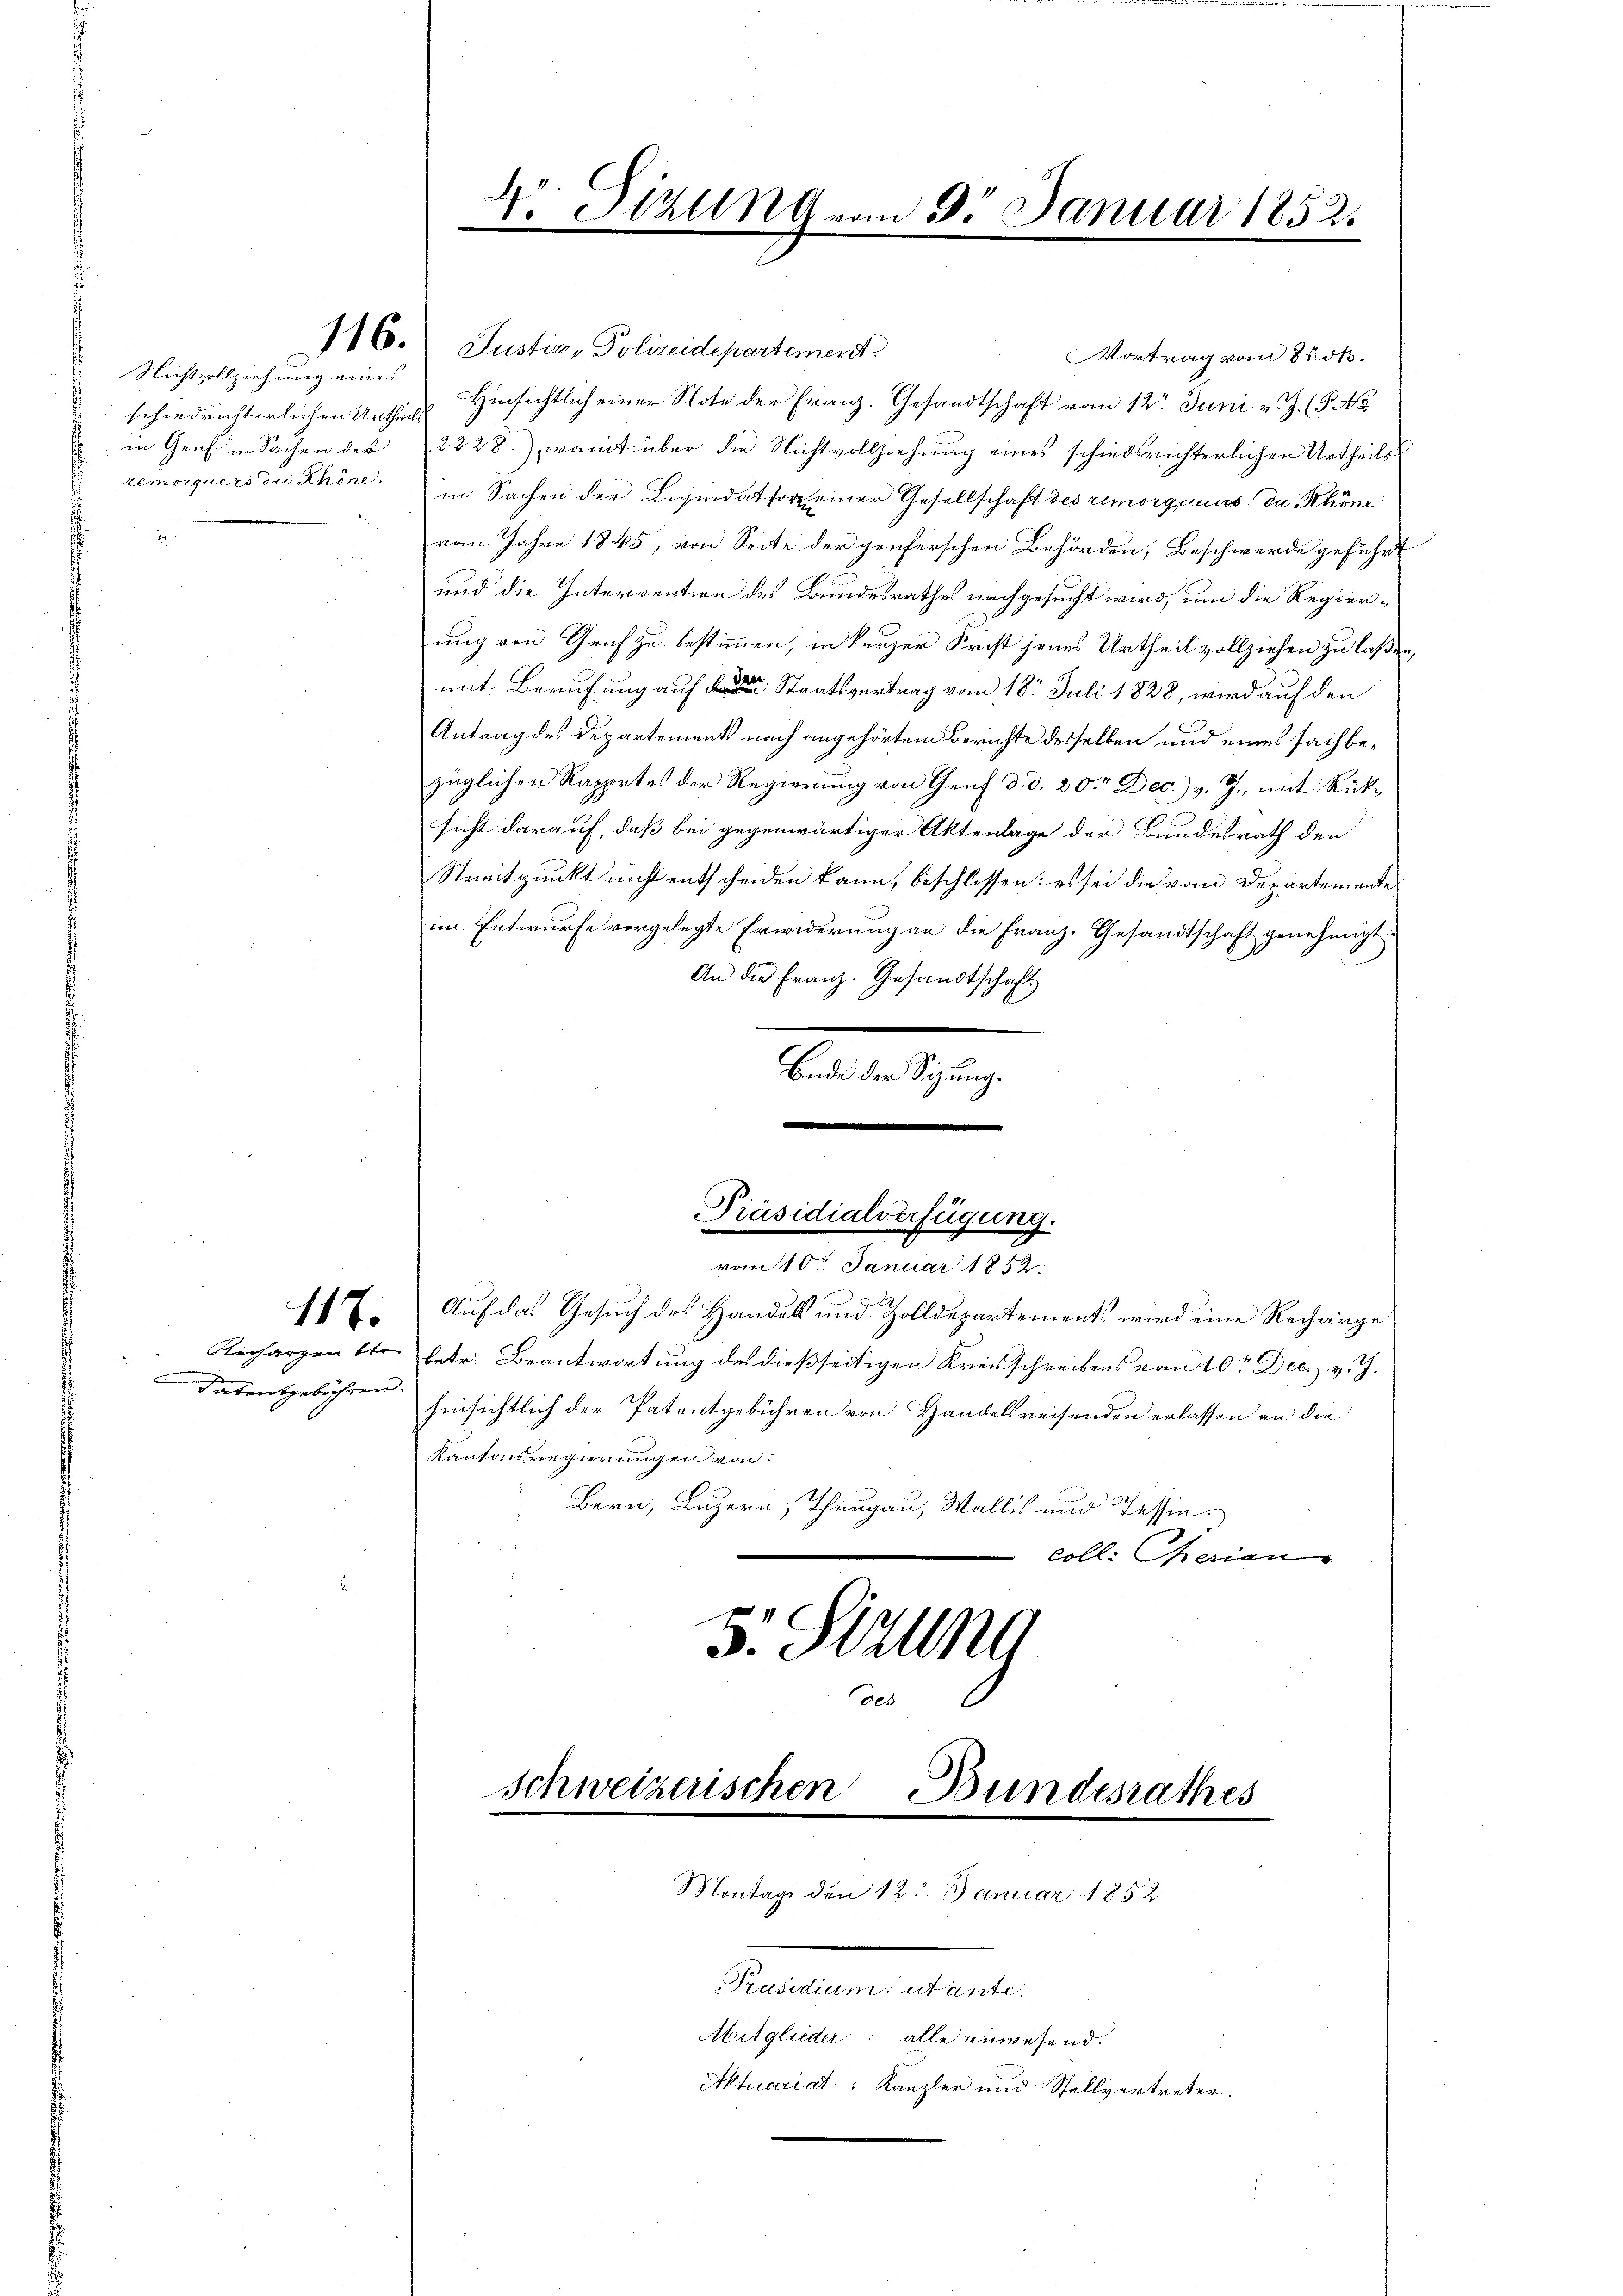
Nichtvollziehung eines

116. Justiz- Polizeidepartement.
Vortrag vom Stoß.
schiedrichterlichen Unter Hinsichtlich einer Note der Franz. Gesandtschaft vom 12. Juni v. J. (T. No
in Genf in Sachen des 2228), womit über die Nichtvollziehung eines schiedsrichterlichen Urtheils
remorquers die Rhöne in Sachen der Liquidator einer Gesellschaft des remorgicurs du Khöne
vom Jahre 1845, von Seite der genferschen Behörden, Beschwerde geführt
und die Interrention des Bundesrathes nachgesucht wird, um die Regierung von Geich zu bestimmen, in kurzer Frist jenes Urtheil vollziehen zu laßen,
mit Berufung auf die Staatsvertrag vom 18. Juli 1828, wird auf den
Antrag des Departements nach angehörtem Berichte desselben und eines sachbezüglichen Rappetes der Regierung von Genf d. d. 20. Dec. v. J., mit Rücksicht darauf, daß bei gegenwärtiger Aktenlage der Bundesrath den
Streitpunkt nicht entscheiden kann, beschlossen: es sei die vom Departemente
im Entwurfe vorgelegte Erwiderung an die Franz- Gesandtschaft genehmigt
An die Franz. Gesandtschaft
Ende der Sizung.
e
17. Auf das Gesuch des Handels und Zolldepartements wird eine Rechange
Rechargen 4tr betr. Beantwortung des dießseitigen Kreisschreibens vom 10te Dec. v. J.
Patentgebühren hinsichtlich der Patentgebühren von Handelsreisenden erlassen an die
Kantonsregierungen von
Bern, Luzern Thurgau, Wallis und Tessincoll. Charian
s. Sizung
Schweizerischen Bundesrathes
Montage den 12. Januar 1852
Salemententen
Mitglieder: alle anwesend.
Aktuariat: Kanzler und Stellvertreter.

V. Sitzung vom 3. Januar 1852.

Präsidialverfügung.
vom 10. Januar 1852.